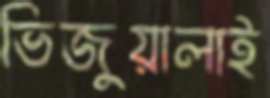
ভিজুয়ালাই